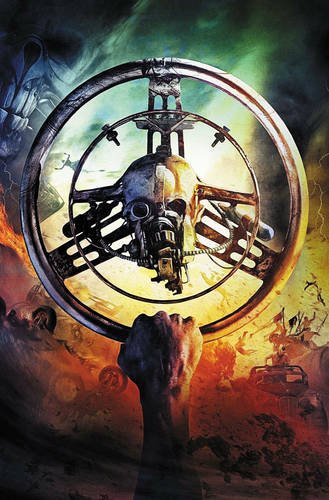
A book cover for Mad Max: Fury Road; George Miller; Comics & Graphic Novels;